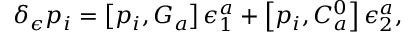
\delta _ { \epsilon } p _ { i } = \left[ p _ { i } , G _ { a } \right] \epsilon _ { 1 } ^ { a } + \left[ p _ { i } , C _ { a } ^ { 0 } \right] \epsilon _ { 2 } ^ { a } ,